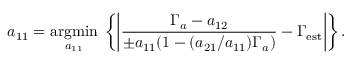
a _ { 1 1 } = \underset { a _ { 1 1 } } { \operatorname { a r g m i n } } \; \left\lbrace \left| \frac { \Gamma _ { a } - a _ { 1 2 } } { \pm a _ { 1 1 } ( 1 - ( a _ { 2 1 } / a _ { 1 1 } ) \Gamma _ { a } ) } - \Gamma _ { \mathrm { e s t } } \right| \right\rbrace .